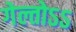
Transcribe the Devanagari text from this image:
गेल्तोऽऽ